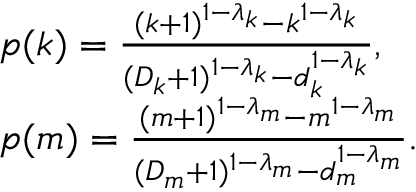
\begin{array} { l } { p ( k ) = \frac { ( k + 1 ) ^ { 1 - \lambda _ { k } } - k ^ { 1 - \lambda _ { k } } } { ( D _ { k } + 1 ) ^ { 1 - \lambda _ { k } } - d _ { k } ^ { 1 - \lambda _ { k } } } , } \\ { p ( m ) = \frac { ( m + 1 ) ^ { 1 - \lambda _ { m } } - m ^ { 1 - \lambda _ { m } } } { ( D _ { m } + 1 ) ^ { 1 - \lambda _ { m } } - d _ { m } ^ { 1 - \lambda _ { m } } } . } \end{array}